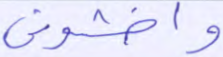
واخشوني